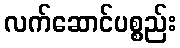
လက်ဆောင်ပစ္စည်း